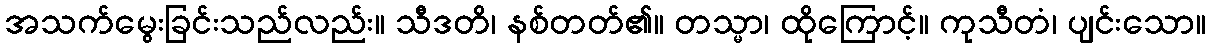
အသက်မွေးခြင်းသည်လည်း။ သီဒတိ၊ နစ်တတ်၏။ တသ္မာ၊ ထိုကြောင့်။ ကုသီတံ၊ ပျင်းသော။